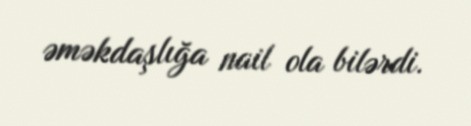
əməkdaşlığa nail ola bilərdi.